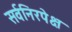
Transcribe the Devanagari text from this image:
सर्वनिरपेक्ष